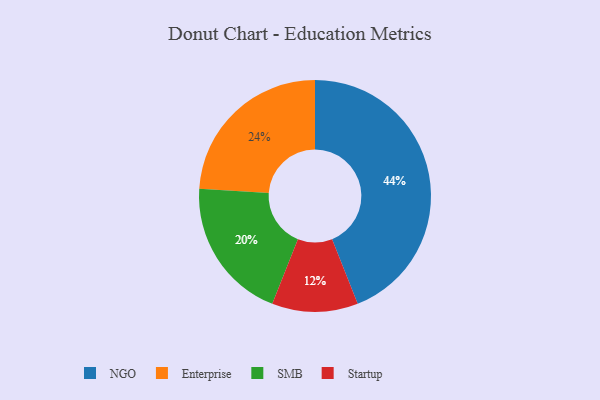
{"axis": {"x": "Category", "y": "Percentage"}, "legend": ["Enterprise", "NGO", "SMB", "Startup"], "data": [{"x": "Enterprise", "y": 24, "type": "Enterprise"}, {"x": "Startup", "y": 12, "type": "Startup"}, {"x": "NGO", "y": 44, "type": "NGO"}, {"x": "SMB", "y": 20, "type": "SMB"}]}